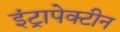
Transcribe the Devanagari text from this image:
इंट्रापेक्टीन